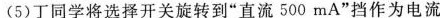
(5)丁同学将选择开关旋转到“直流500mA”挡作为电流